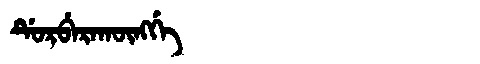
Manchu: ᡩᡠᡵᠪᡝᡵᠠᡴᡡᠩᡤᡝ
Romanization: DURBERAKŪNGGE